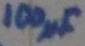
Text: 100µF